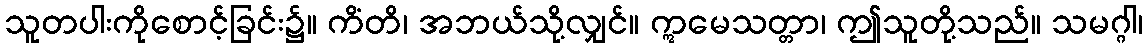
သူတပါးကိုစောင့်ခြင်း၌။ ကိံတိ၊ အဘယ်သို့လျှင်။ ဣမေသတ္တာ၊ ဤသူတို့သည်။ သမဂ္ဂါ၊